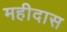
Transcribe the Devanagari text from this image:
महीदास